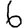
Digit: 6